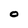
Character: 0